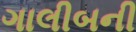
ગાલીબની